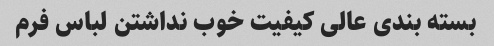
بسته بندی عالی کیفیت خوب نداشتن لباس فرم